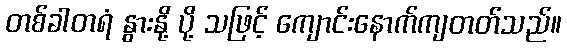
တစ်ခါတရံ နွားနို့ ပို့ သဖြင့် ကျောင်းနောက်ကျတတ်သည်။